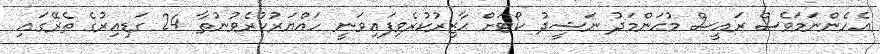
އެހެންނަމަވެސް ރައީސް މުޙަންމަދު ނަޝީދު ކޯޓަށް ޙާޒިރުކުރެވިފައިވަނީ ހައްޔަރުކުރެވުނުތާ 24 ގަޑިއިރުގެ ތެރޭގައި